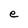
Character: e